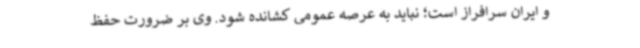
و ایران سرافراز است؛ نباید به عرصه عمومی کشانده شود. وی بر ضرورت حفظ